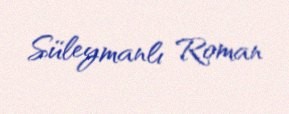
Süleymanlı Roman